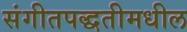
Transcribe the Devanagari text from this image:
संगीतपद्धतीमधील